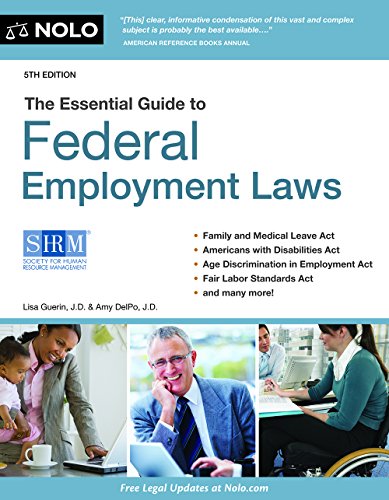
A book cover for Essential Guide to Federal Employment Laws; Lisa Guerin JD; Law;